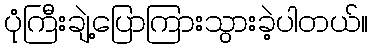
ပုံကြီးချဲ့ပြောကြားသွားခဲ့ပါတယ်။